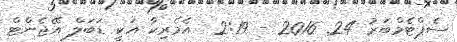
ސެޕްޓެމްބަރު 24